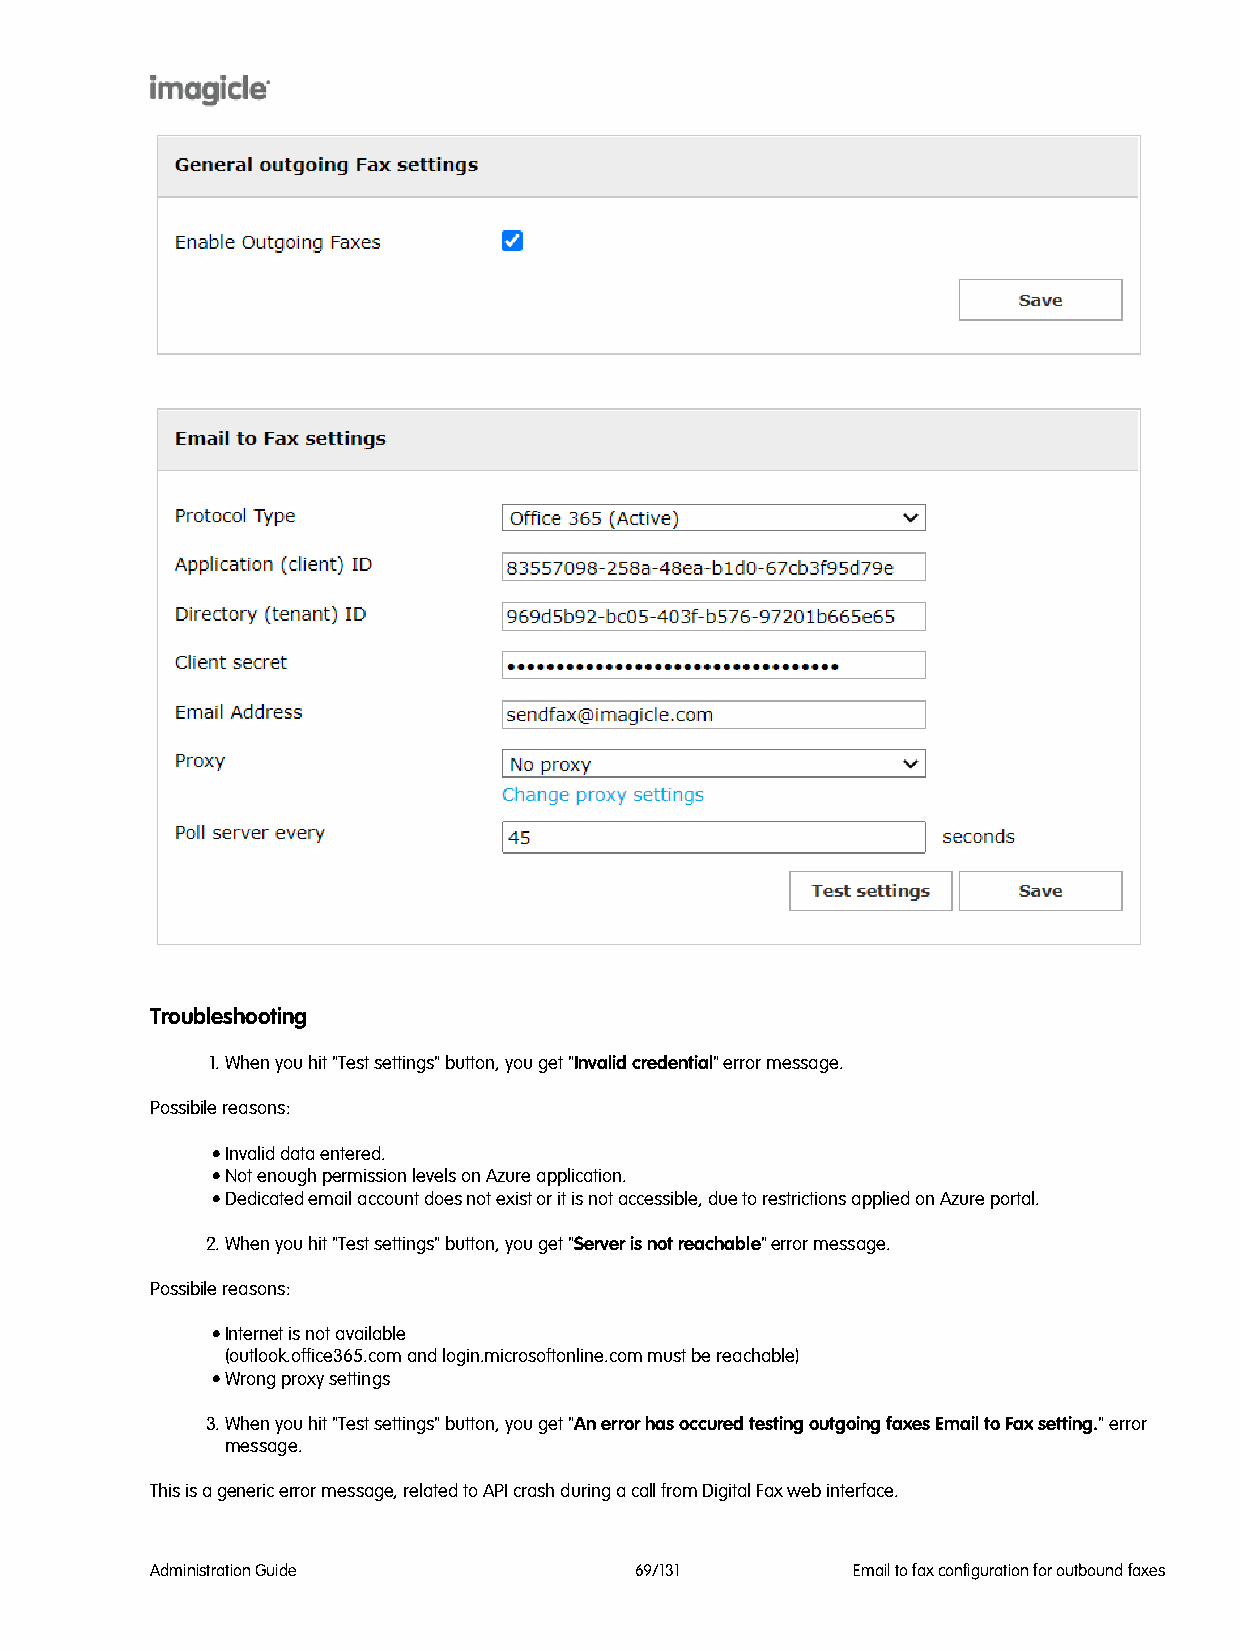
Troubleshooting
 1. When you hit "Test settings" button, you get "Invalid credential" error message.
 Possibile reasons:
 • Invalid data entered.
 • Not enough permission levels on Azure application.
 • Dedicated email account does not exist or it is not accessible, due to restrictions applied on Azure portal.
 2. When you hit "Test settings" button, you get "Server is not reachable" error message.
 Possibile reasons:
 • Internet is not available
 (outlook.office365.com and login.microsoftonline.com must be reachable)
 • Wrong proxy settings
 3. When you hit "Test settings" button, you get "An error has occured testing outgoing faxes Email to Fax setting." error
 message.
 This is a generic error message, related to API crash during a call from Digital Fax web interface.
 Administration Guide            69/131        Email to fax configuration for outbound faxes